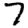
Digit: 7